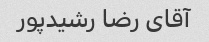
آقای رضا رشیدپور